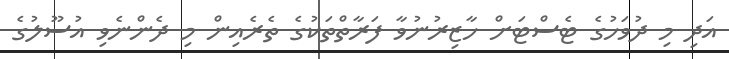
އަދި މި ދުވަހުގެ ޓެސްޓަށް ހާޒިރުނުވާ ފަރާތްތަކުގެ ތެރެއިން މި ދެންނެވި އުސޫލުގެ